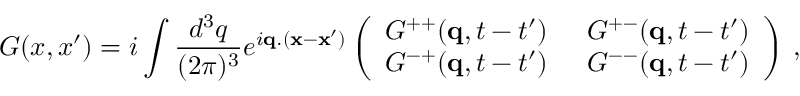
G ( x , x ^ { \prime } ) = i \int \frac { d ^ { 3 } q } { ( 2 \pi ) ^ { 3 } } e ^ { i { \bf q } . ( { \bf x } - { \bf x } ^ { \prime } ) } \left( \begin{array} { l l } { { G ^ { + + } ( { \bf q } , t - t ^ { \prime } ) } } & { { \: \: G ^ { + - } ( { \bf q } , t - t ^ { \prime } ) } } \\ { { G ^ { - + } ( { \bf q } , t - t ^ { \prime } ) } } & { { \: \: G ^ { -- } ( { \bf q } , t - t ^ { \prime } ) } } \end{array} \right) \: ,